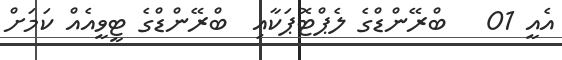
އެއީ 01   ބްރޭންޑްގެ ލެޕްޓޮޕަކާއި  ބްރޭންޑްގެ ޓީވީއެއް ކަމަށް